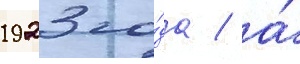
1923 го́да / а́